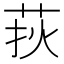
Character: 𦰂